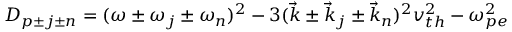
D _ { p \pm j \pm n } = ( \omega \pm \omega _ { j } \pm \omega _ { n } ) ^ { 2 } - 3 ( \vec { k } \pm \vec { k } _ { j } \pm \vec { k } _ { n } ) ^ { 2 } v _ { t h } ^ { 2 } - \omega _ { p e } ^ { 2 }